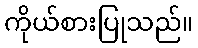
ကိုယ်စားပြုသည်။